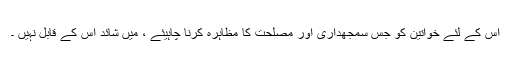
اس کے لئے خواتین کو جس سمجھداری اور مصلحت کا مظاہرہ کرنا چاہیئے ، میں شائد اس کے قابل نہیں ۔